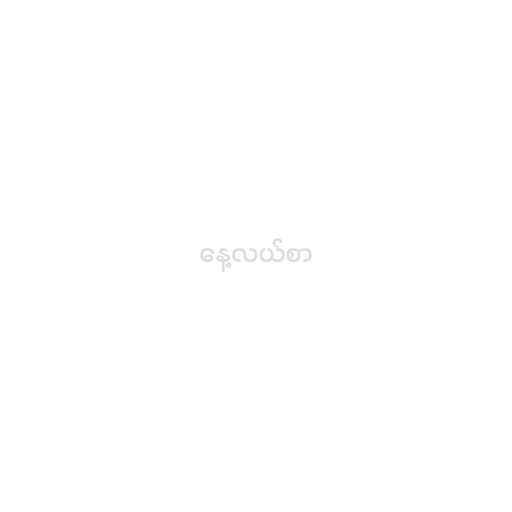
နေ့လယ်စာ